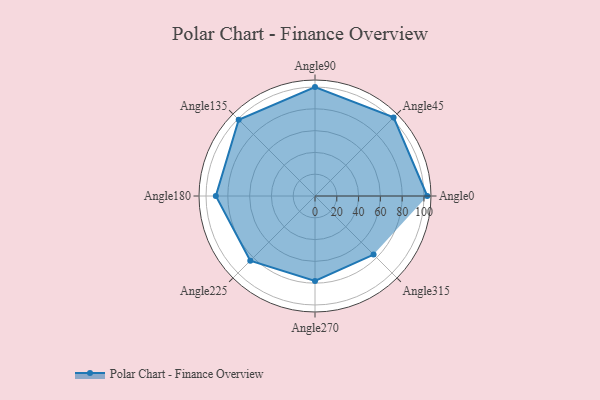
{"axis": {"x": "Angle", "y": "Radius"}, "legend": [""], "data": [{"x": "Angle0", "y": 103.0, "type": ""}, {"x": "Angle45", "y": 102.0, "type": ""}, {"x": "Angle90", "y": 100.0, "type": ""}, {"x": "Angle135", "y": 99.0, "type": ""}, {"x": "Angle180", "y": 91.0, "type": ""}, {"x": "Angle225", "y": 84.0, "type": ""}, {"x": "Angle270", "y": 78.0, "type": ""}, {"x": "Angle315", "y": 76.0, "type": ""}]}